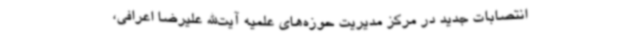
انتصابات جدید در مرکز مدیریت حوزه‌های علمیه آیت‌الله علیرضا اعرافی،